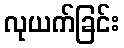
လုယက်ခြင်း